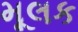
મૂલક